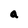
Character: a